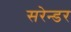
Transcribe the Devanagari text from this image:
सरेन्डर